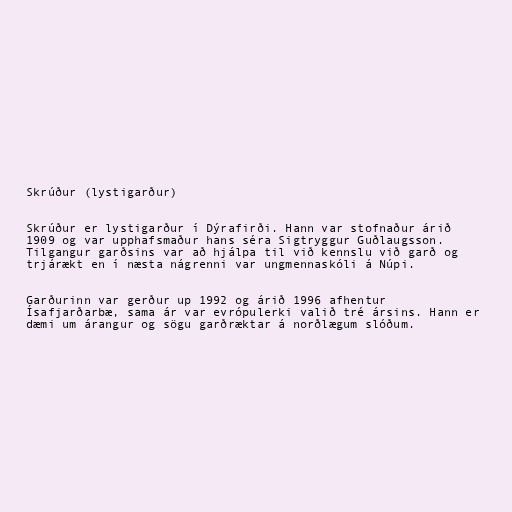
Skrúður (lystigarður)

Skrúður er lystigarður í Dýrafirði. Hann var stofnaður árið
1909 og var upphafsmaður hans séra Sigtryggur Guðlaugsson.
Tilgangur garðsins var að hjálpa til við kennslu við garð og
trjárækt en í næsta nágrenni var ungmennaskóli á Núpi.

Garðurinn var gerður up 1992 og árið 1996 afhentur
Ísafjarðarbæ, sama ár var evrópulerki valið tré ársins. Hann er
dæmi um árangur og sögu garðræktar á norðlægum slóðum.